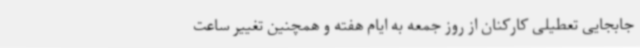
جابجایی تعطیلی کارکنان از روز جمعه به ایام هفته و همچنین تغییر ساعت